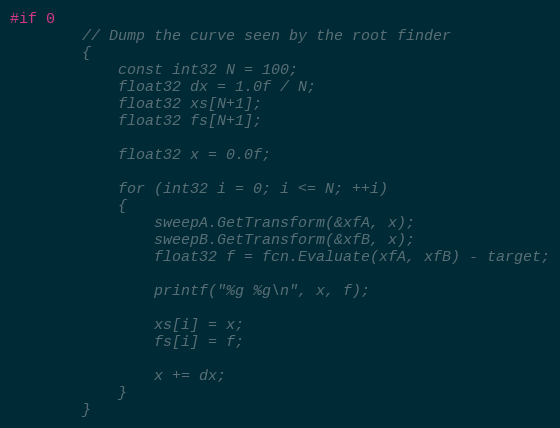
Language: C++
#if 0
		// Dump the curve seen by the root finder
		{
			const int32 N = 100;
			float32 dx = 1.0f / N;
			float32 xs[N+1];
			float32 fs[N+1];

			float32 x = 0.0f;

			for (int32 i = 0; i <= N; ++i)
			{
				sweepA.GetTransform(&xfA, x);
				sweepB.GetTransform(&xfB, x);
				float32 f = fcn.Evaluate(xfA, xfB) - target;

				printf("%g %g\n", x, f);

				xs[i] = x;
				fs[i] = f;

				x += dx;
			}
		}